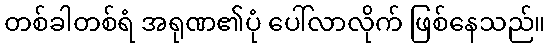
တစ်ခါတစ်ရံ အရုဏ၏ပုံ ပေါ်လာလိုက် ဖြစ်နေသည်။